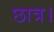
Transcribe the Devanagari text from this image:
छात्र।